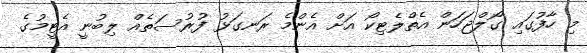
މި ހާފުގައި ގޯލްޖަހަން އެތްލެޓިކޯ އަށް އެންމެ ރަނގަޅު ފުރުސަތެއް ލިބުނީ އެޓީމުގެ